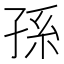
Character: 孫